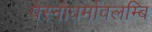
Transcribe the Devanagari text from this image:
वेस्नोधर्मावलम्बि